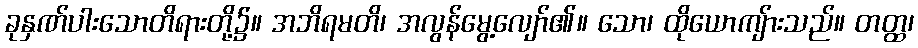
ခုနှဏ်ပါးသောတိရားတို့၌။ အဘိရမတိ၊ အလွန်မွေ့လျော်၏။ သော၊ ထိုယောကျ်ားသည်။ တတ္ထ၊